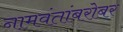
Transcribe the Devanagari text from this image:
नामवंतांबरोबर